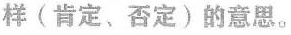
样(肯定、否定)的意思。